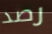
رصد